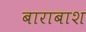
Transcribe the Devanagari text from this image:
बाराबाश